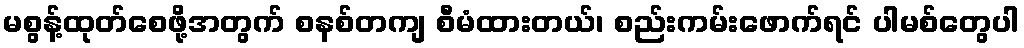
မစွန့်ထုတ်စေဖို့အတွက် စနစ်တကျ စီမံထားတယ်၊ စည်းကမ်းဖောက်ရင် ပါမစ်တွေပါ